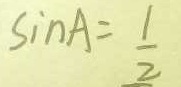
\sin A = \frac { 1 } { 2 }